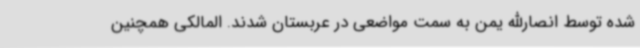
شده توسط انصارالله یمن به سمت مواضعی در عربستان شدند. المالکی همچنین